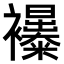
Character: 𧟊